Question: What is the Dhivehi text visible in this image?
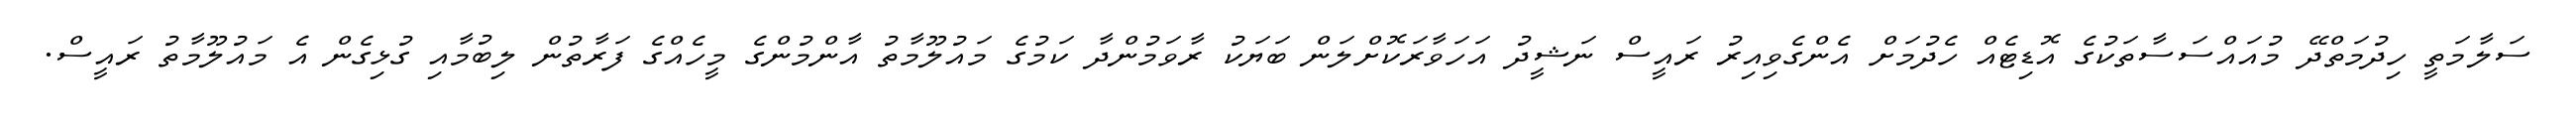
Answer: ސަލާމަތީ ހިދުމަތްދޭ މުއައްސަސާތަކުގެ އޮޑިޓެއް ހެދުމަށް އެންގެވިއިރު ރައީސް ނަޝީދު އަހަވާރަކޮށްލަން ބަޔަކު ރާވަމުންދާ ކަމުގެ މައުލޫމާތު އާންމުންގެ މީހެއްގެ ފަރާތުން ލިބުމާއި ގުޅިގެން އެ މައުލޫމާތު ރައީސް.